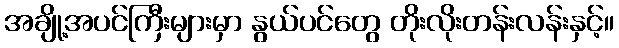
အချို့အပင်ကြီးများမှာ နွယ်ပင်တွေ တိုးလိုးတန်းလန်းနှင့်။